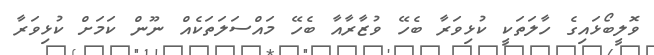
ވޮލީބޯޅައިގެ ހާލަތަކީ ކުޅިވަރާ ބެހޭ ވުޒާރާއާ ބެހޭ މައްސަލަތަކެއް ނޫން ކަމަށް ކުޅިވަރާ